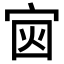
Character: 𪧏